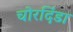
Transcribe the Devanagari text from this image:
चोरदिंडा